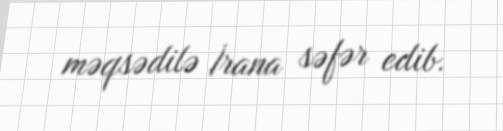
məqsədilə İrana səfər edib.